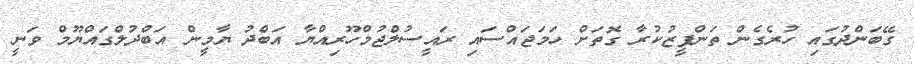
ގޭބަންދުގައި ހުރެގެން ތަންފީޒުކުރާ ގޮތަށް ހަމަޖައްސައި ރައީސުލްޖުމްހޫރިއްޔާ އަބްދު ޔާމީން އަބްދުލްގައްޔޫމް ވަނީ